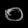
Digit: ၀